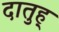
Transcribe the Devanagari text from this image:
दातुह्